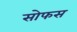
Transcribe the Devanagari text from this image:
सोफस